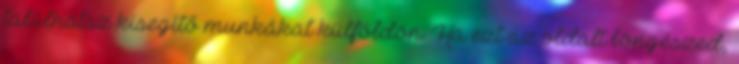
találhatsz kisegítő munkákat külföldön. Ha ezt az oldalt böngészed,